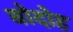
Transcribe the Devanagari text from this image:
बोदोह